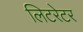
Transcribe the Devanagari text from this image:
लिटरेटर